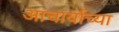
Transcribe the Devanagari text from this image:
आचार्याच्या